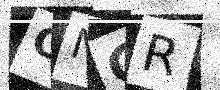
Text: CNGR